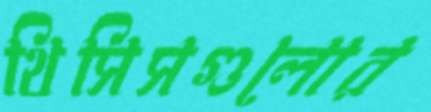
থিসিসগুলোর